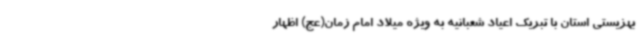
بهزیستی استان با تبریک اعیاد شعبانیه به ویژه میلاد امام زمان(عج) اظهار